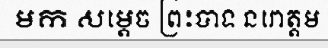
មក សម្តេច ព្រះបាទ នរោត្តម